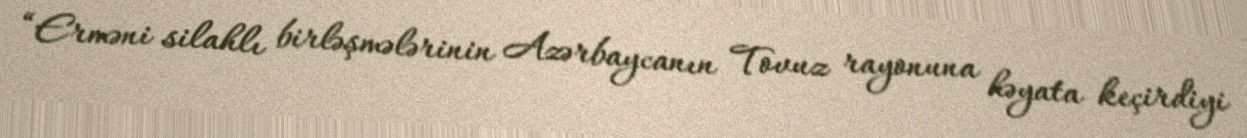
“Erməni silahlı birləşmələrinin Azərbaycanın Tovuz rayonuna həyata keçirdiyi